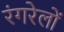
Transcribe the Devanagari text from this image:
रंगरेलों